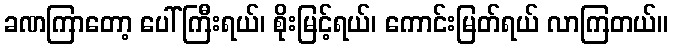
ခဏကြာတော့ ပေါ်ကြီးရယ်၊ စိုးမြင့်ရယ်၊ ကောင်းမြတ်ရယ် လာကြတယ်။